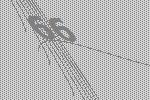
66